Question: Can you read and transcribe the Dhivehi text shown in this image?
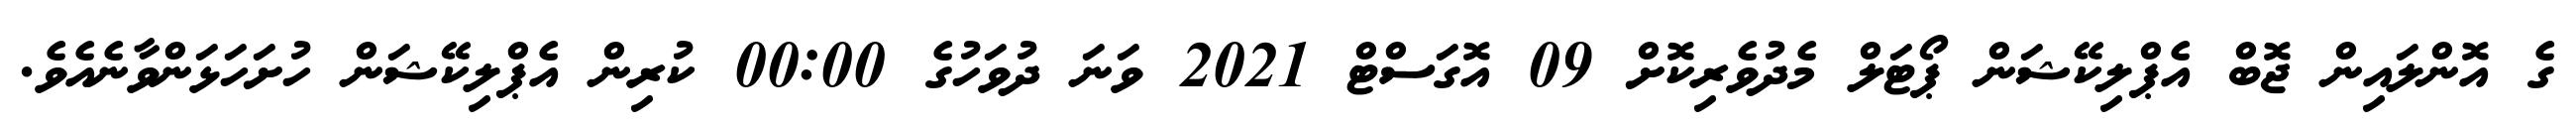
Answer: ގެ އޮންލައިން ޖޮބް އެޕްލިކޭޝަން ޕޯޓަލް މެދުވެރިކޮށް 09 އޮގަސްޓް 2021 ވަނަ ދުވަހުގެ 00:00 ކުރިން އެޕްލިކޭޝަން ހުށަހަޅަންވާނެއެވެ.